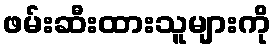
ဖမ်းဆီးထားသူများကို